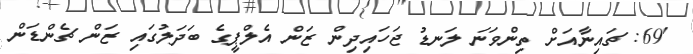
'69: ޗައިނާއަށް ތިންވަނަ ލަނޑު ޖަހައިދިން ޒަން އެލްޕީގެ ބަދަލުގައި ޒަން ޗެންޑަން